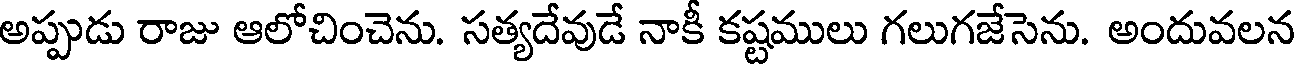
అప్పుడు రాజు ఆలోచించెను. సత్యదేవుడే నాకీ కష్టములు గలుగజేసెను. అందువలన